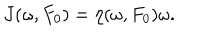
LaTeX: J ( \omega , F _ { 0 } ) = \eta ( \omega , F _ { 0 } ) \omega .